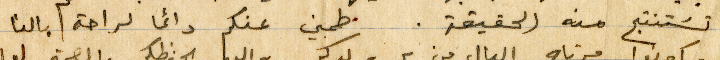
تستنتج منه الحقيقة. طمني عنكم دائمًا لراحة بالنا